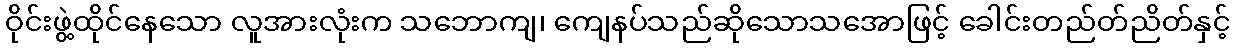
ဝိုင်းဖွဲ့ထိုင်နေသော လူအားလုံးက သဘောကျ၊ ကျေနပ်သည်ဆိုသောသအောဖြင့် ခေါင်းတည်တ်ညိတ်နှင့်